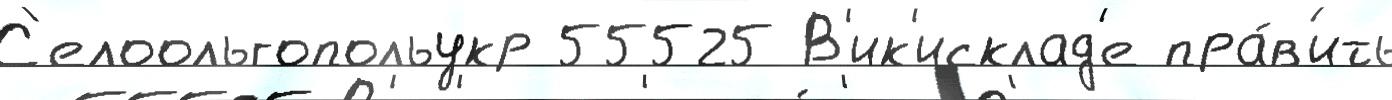
С'елоольгопольукр 55525 В'ик'исклад'е пра́в'ить